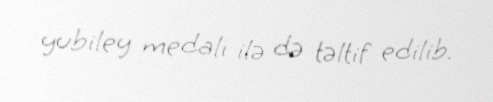
yubiley medalı ilə də təltif edilib.